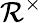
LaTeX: \mathcal{R}^{\times}